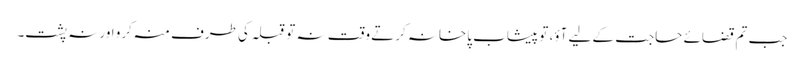
جب تم قضائے حاجت کے لیے آؤ، تو پیشاب پاخانہ کرتے وقت نہ تو قبلہ کی طرف منہ کرو اور نہ پشت۔